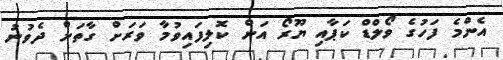
އެންމެ ފަހުގެ ވޯލްޑް ކަޕާއި ޔޫރޯ އަށް ކޮލިފައިވުމާ ވަރަށް ގާތަށް ދެވުނު